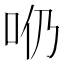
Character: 𠯹